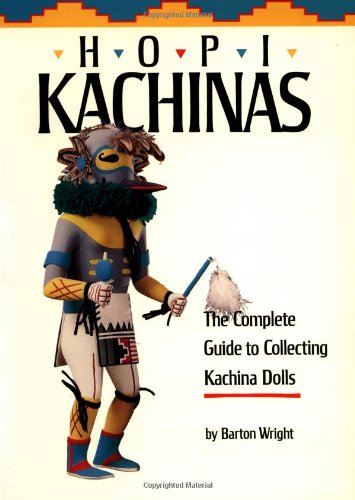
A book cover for Hopi Kachinas: The Complete Guide to Collecting Kachina Dolls; Barton Wright; Crafts, Hobbies & Home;